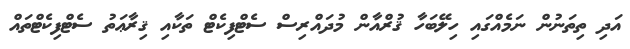
އަދި ތިތަނުން ނަމެއްގައި ހިލޭބަހާ ޤުރްއާން މުދައްރިސް ސެޓްފިކެޓް ތަކާއި ޤިރާޢަތު ސެޓްފިކެޓްތައް